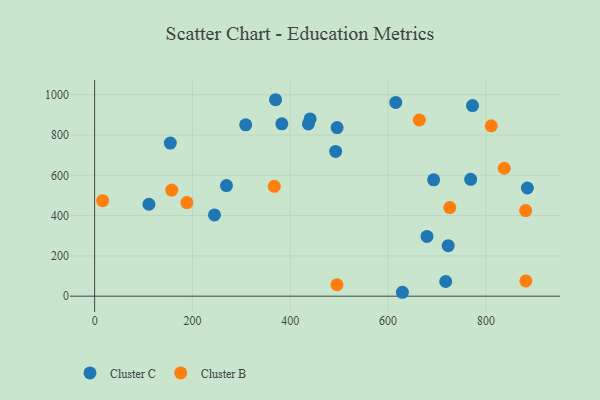
{"axis": {"x": "Study Hours", "y": "Fuel Efficiency"}, "legend": ["Cluster B", "Cluster C"], "data": [{"x": "269.5", "y": 548.9, "type": "Cluster C"}, {"x": "884.7", "y": 537.0, "type": "Cluster C"}, {"x": "308.8", "y": 850.4, "type": "Cluster C"}, {"x": "437.0", "y": 854.8, "type": "Cluster C"}, {"x": "772.6", "y": 946.3, "type": "Cluster C"}, {"x": "615.6", "y": 961.7, "type": "Cluster C"}, {"x": "495.7", "y": 836.8, "type": "Cluster C"}, {"x": "492.7", "y": 718.5, "type": "Cluster C"}, {"x": "722.8", "y": 250.6, "type": "Cluster C"}, {"x": "768.7", "y": 580.2, "type": "Cluster C"}, {"x": "245.0", "y": 403.4, "type": "Cluster C"}, {"x": "679.5", "y": 296.6, "type": "Cluster C"}, {"x": "629.2", "y": 19.4, "type": "Cluster C"}, {"x": "693.1", "y": 577.4, "type": "Cluster C"}, {"x": "717.7", "y": 72.9, "type": "Cluster C"}, {"x": "111.0", "y": 456.3, "type": "Cluster C"}, {"x": "382.7", "y": 855.5, "type": "Cluster C"}, {"x": "440.5", "y": 879.7, "type": "Cluster C"}, {"x": "154.7", "y": 760.1, "type": "Cluster C"}, {"x": "369.8", "y": 975.1, "type": "Cluster C"}, {"x": "881.6", "y": 75.8, "type": "Cluster B"}, {"x": "495.4", "y": 57.2, "type": "Cluster B"}, {"x": "726.1", "y": 440.0, "type": "Cluster B"}, {"x": "663.8", "y": 874.4, "type": "Cluster B"}, {"x": "881.2", "y": 424.8, "type": "Cluster B"}, {"x": "188.6", "y": 464.5, "type": "Cluster B"}, {"x": "367.2", "y": 545.2, "type": "Cluster B"}, {"x": "16.3", "y": 473.9, "type": "Cluster B"}, {"x": "157.6", "y": 526.7, "type": "Cluster B"}, {"x": "810.9", "y": 845.8, "type": "Cluster B"}, {"x": "837.5", "y": 635.0, "type": "Cluster B"}]}